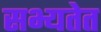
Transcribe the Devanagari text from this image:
सभ्यतेत